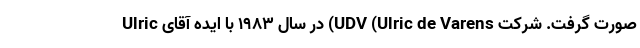
صورت گرفت. شرکت UDV (Ulric de Varens) در سال 1983 با ایده آقای Ulric